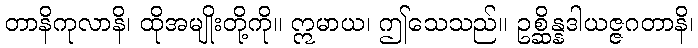
တာနိကုလာနိ၊ ထိုအမျိုးတို့ကို။ ဣမာယ၊ ဤသေသည်။ ဥစ္ဆိန္နဒါယဇ္ဇဂတာနိ၊